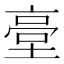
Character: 𡎲